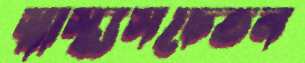
স্বাস্থ্যসচেতন